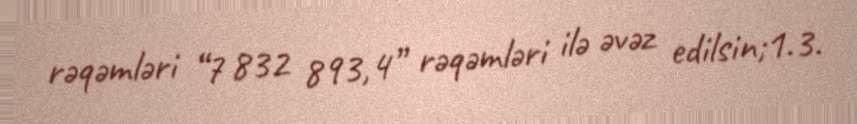
rəqəmləri “7 832 893,4” rəqəmləri ilə əvəz edilsin;1.3.